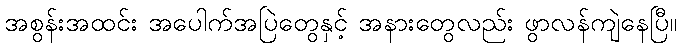
အစွန်းအထင်း အပေါက်အပြဲတွေနှင့် အနားတွေလည်း ဖွာလန်ကျဲနေပြီ။